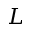
L